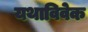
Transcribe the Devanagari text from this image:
यथाविवेक